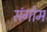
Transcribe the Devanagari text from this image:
संगोम